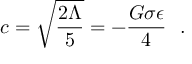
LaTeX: c = \sqrt { \frac { 2 \Lambda } { 5 } } = - \frac { G \sigma \epsilon } { 4 } ~ ~ .